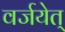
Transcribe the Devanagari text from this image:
वर्जयेत्